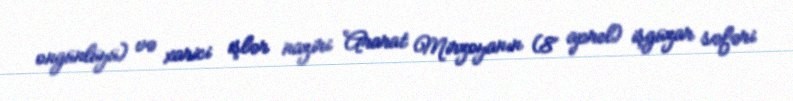
ongünlüyü) və xarici işlər naziri Ararat Mirzoyanın (8 aprel) işgüzar səfəri